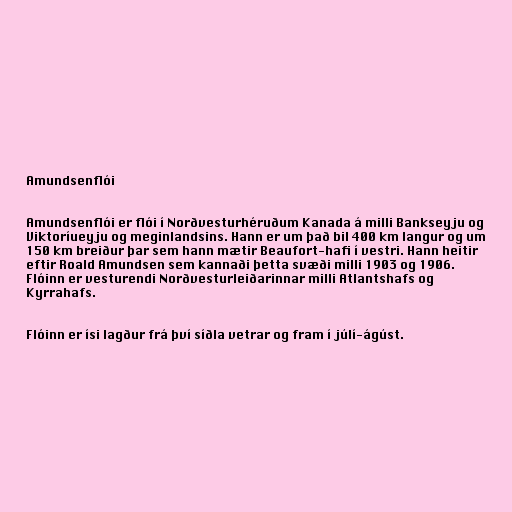
Amundsenflói

Amundsenflói er flói í Norðvesturhéruðum Kanada á milli Bankseyju og
Viktoríueyju og meginlandsins. Hann er um það bil 400 km langur og um
150 km breiður þar sem hann mætir Beaufort-hafi í vestri. Hann heitir
eftir Roald Amundsen sem kannaði þetta svæði milli 1903 og 1906.
Flóinn er vesturendi Norðvesturleiðarinnar milli Atlantshafs og
Kyrrahafs.

Flóinn er ísi lagður frá því síðla vetrar og fram í júlí-ágúst.